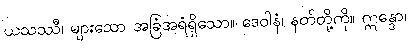
ယသဿီ၊ များသော အခြံအရံရှိသော။ ဒေဝါနံ၊ နတ်တို့ကို။ ဣန္ဒော၊